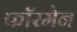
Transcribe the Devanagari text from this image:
फॉरमेन